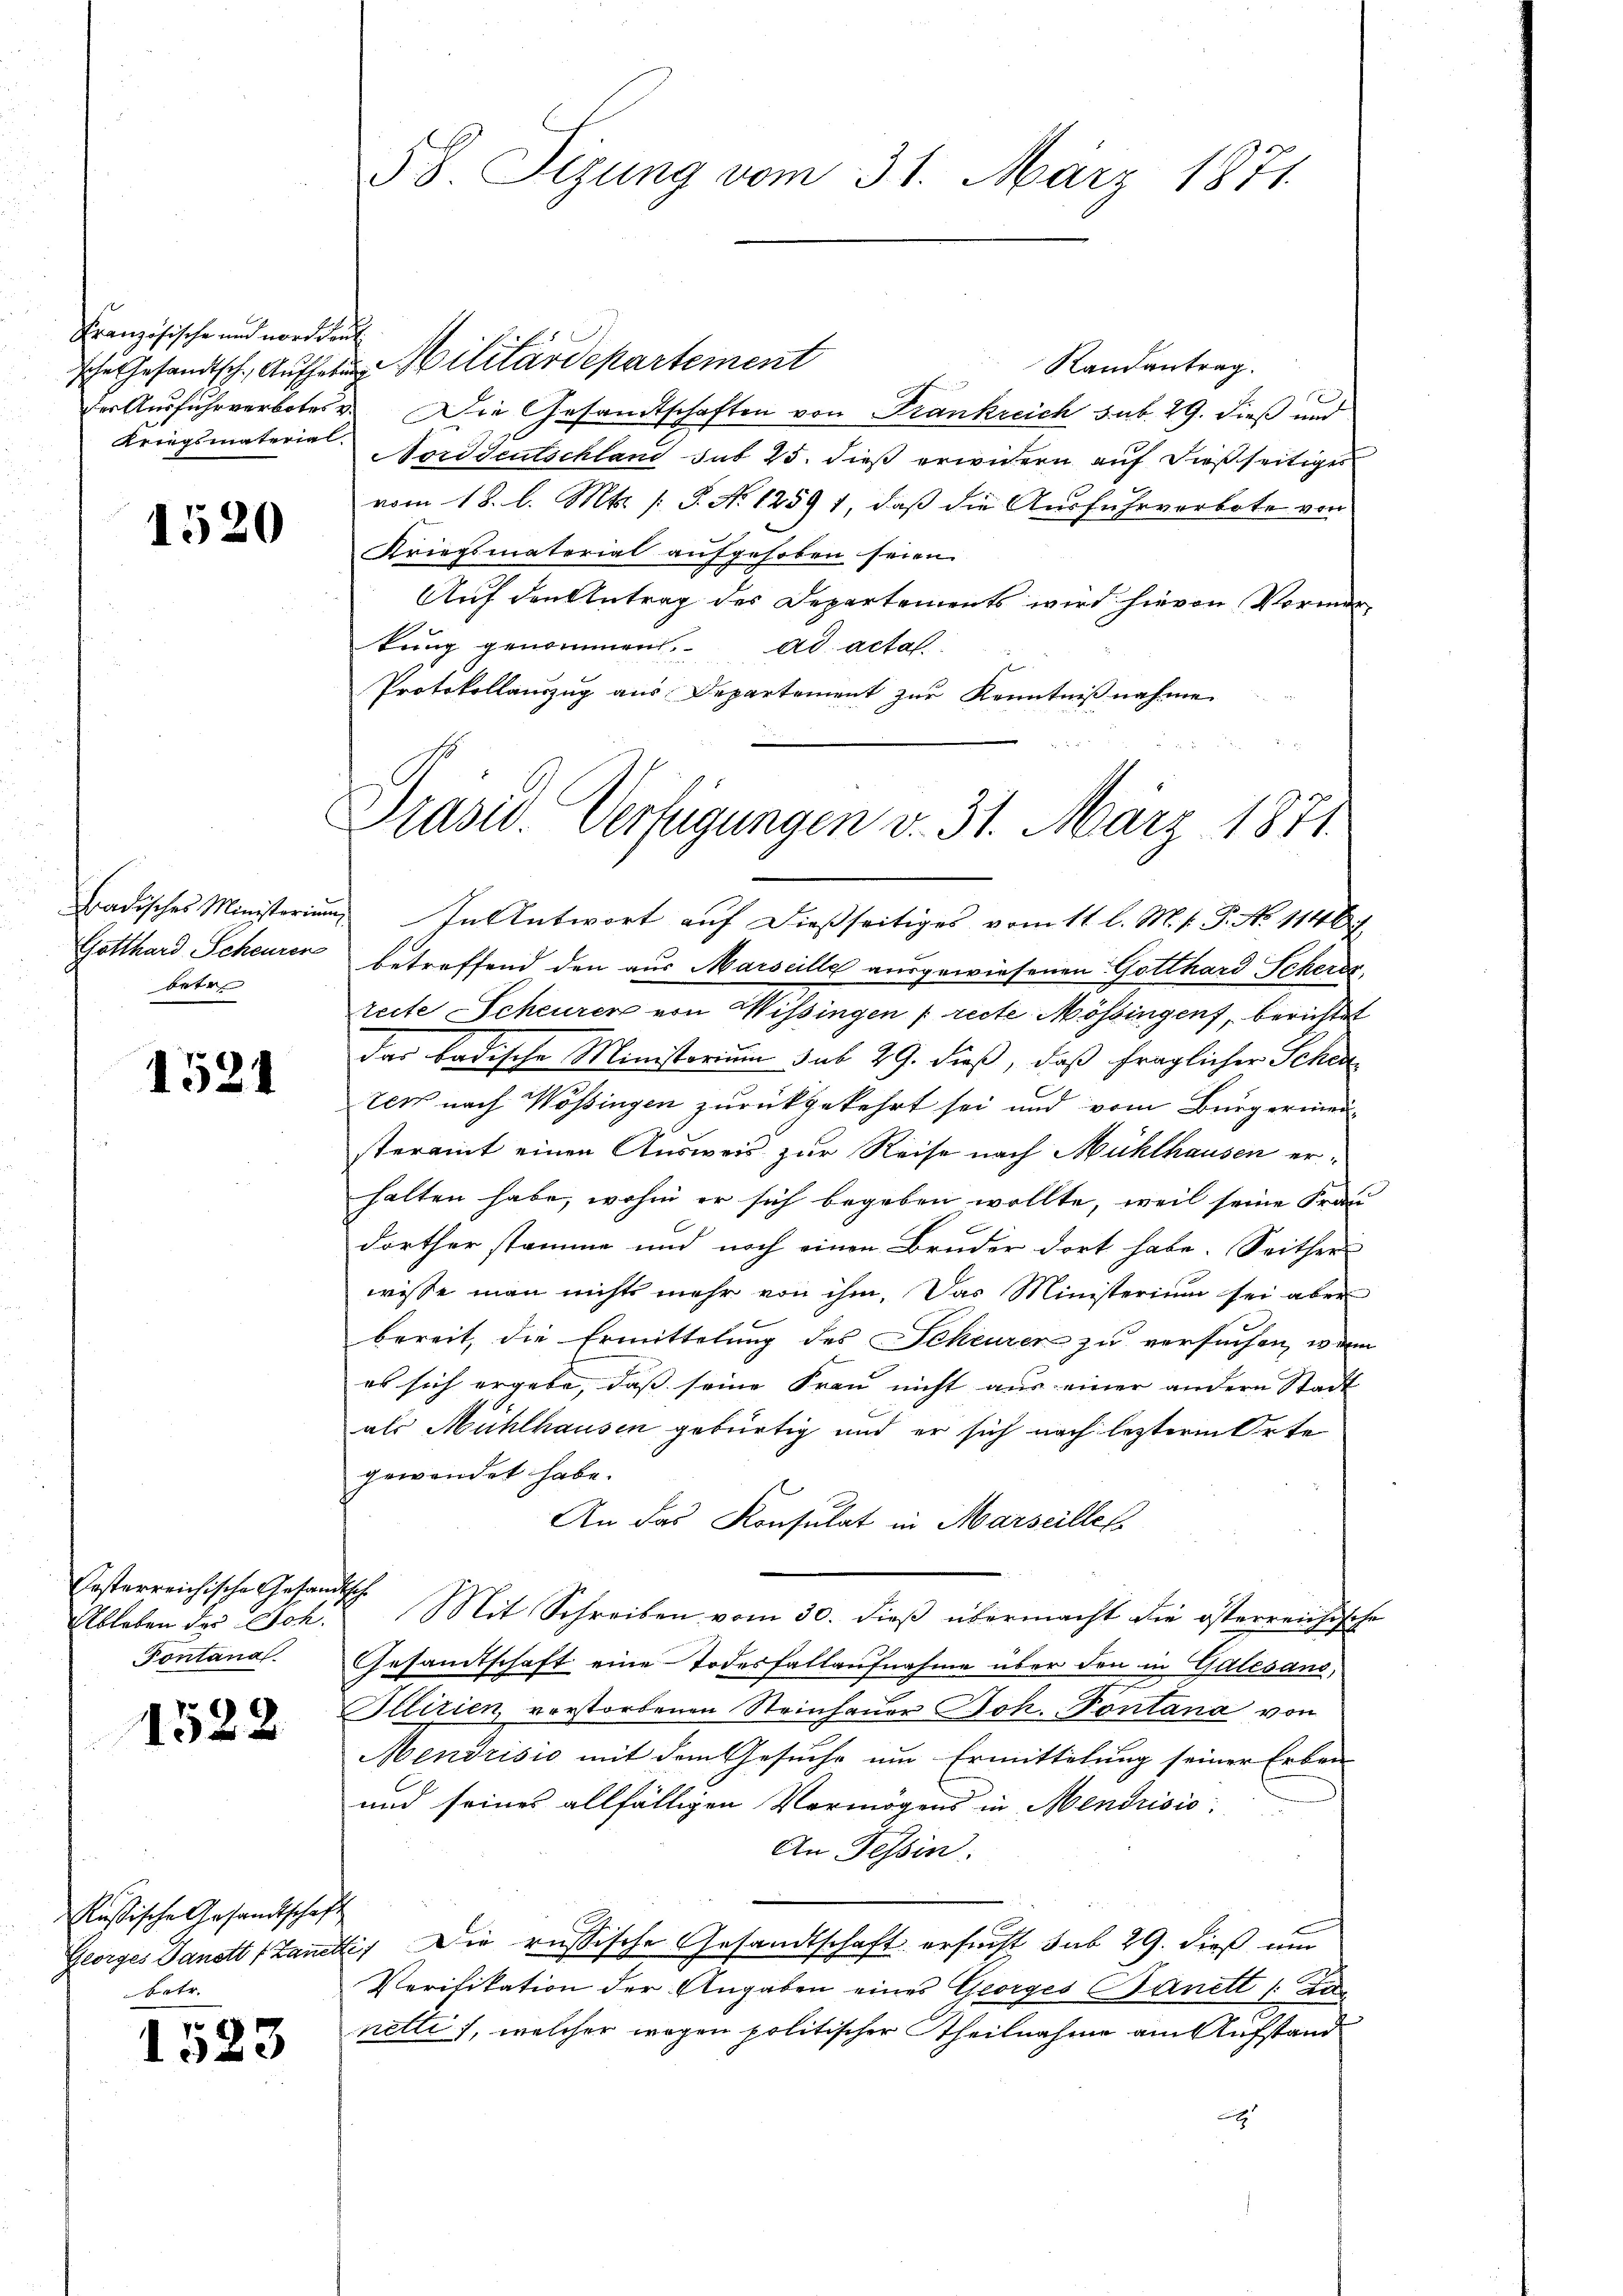
Französische und norddeut
Kriegsmaterial.

1520

betr

1521

Posterreichische Gesandtsch
Ableben der Sch.
Pontanal.

1522

sche Gesandtsch, Aufhel Militärdepartement
Randantrag.
der Ausfuhrverbotes v. Die Gesandtschaften von Frankreich sub. 29. dieß und
Norddeutschland sub 25. dieß erwidern auf dießseitiges
vom 18. l. Mts. (: P. No 1259 1, daß die Ausfuhrverbote von
Kriegsmaterial aufgehoben seien.
Auf den Antrag des Departements wird hievon Vormerkung genommen. ad acta.
Protokollauszug aus Departement zur Kenntnißnahme
Hradisches Ministerium. In Antwort auf dießseitiges vom 11 l. M. v. P. No 11467.
Gotthard Scheurer betreffend den aus Marseille ausgewiesenen Gotthard Scherde,
reite Scheurer von Wissingen [recte Mössingen, berichtet
dar badische Ministorium sub 29. dieß, daß fraglicher Schade
zer nach Wössingen zurückgekehrt sei und vom Bürgeriner
steramt einen Ausweis zur Reise nach Mühlhausen erhalten habe, wohin er sich begeben wollte, weil seine Frau
dorther stamme und noch einen Bruder dort habe. Seither
wisse man nichts mehr von ihm. Das Ministerium sei aber
bereit, die Ermittelung des Scheurer zu versuchen, wenn
es sich ergebe, daß seine Frau nicht aus einer andern Stadt
als Mühlhausen gebürtig und er sich nach lezterm Orte
gewendet habe.
An das Konsulat in Marseilles
Mit Schreiben vom 30. dieß übermacht die österreichische
Gesandtschaft eine Todesfallaufnahme über den in Galesand,
Illizien, vorstorbenen Steinhauer Joh. Pontana von
Mendrisio mit dem Gesuche um Ermittelung seiner Erben
und seines allfälligen Vermögens in Mendrisio
An Tessin.
Georges Danett (Tante, Die russische Gesandtschaft ersucht, sub 29. dieß um
Verifikation der Angaben eines Georges Banett /: da
netti, welcher wegen politischer Theilnahme am Aufstand
2

Rußische Gesandtschaft
betr.

1523

58. Sizung vom 31. März 1871

Präsid. Verfügungen v. 31. März 1871